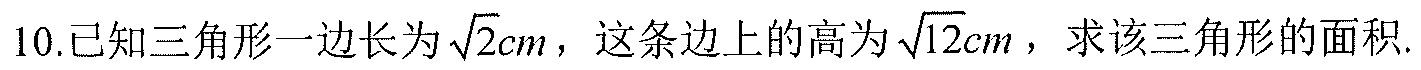
10.已知三角形一边长为\(\sqrt{2}cm\)，这条边上的高为\(\sqrt{12}cm\)，求该三角形的面积.